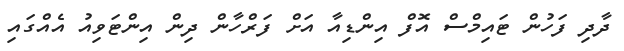
ދާދި ފަހުން ޓައިމްސް އޮފް އިންޑިއާ އަށް ފަރްހާން ދިން އިންޓަވިއު އެއްގައި